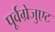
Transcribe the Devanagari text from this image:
पूर्वग्रेजुएट